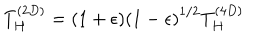
LaTeX: T _ { H } ^ { ( 2 D ) } = ( 1 + \epsilon ) { ( 1 - \epsilon ) } ^ { 1 / 2 } T _ { H } ^ { ( 4 D ) }